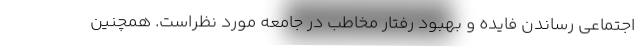
اجتماعی رساندن فایده و بهبود رفتار مخاطب در جامعه مورد نظراست. همچنین